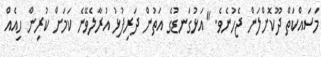
މަސައްކަތް ދޫކޮށްލަން ޖެހުނެވެ. "އަޅުގަނޑުގެ އަތުން ދަރިފުޅު އުރާލެވޭނެ ކަމަށް ކުރިން ހިއެއް